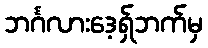
ဘင်္ဂလားဒေ့ရှ်ဘက်မှ